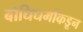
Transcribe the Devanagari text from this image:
बोधिधर्माकडून